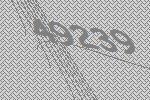
49239